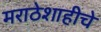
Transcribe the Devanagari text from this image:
मराठेशाहीचे